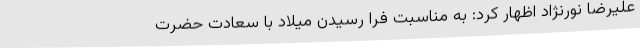
علیرضا نورنژاد اظهار کرد: به مناسبت فرا رسیدن میلاد با سعادت حضرت